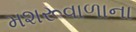
મશરૂવાળાના